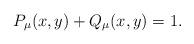
LaTeX: \begin{align*}P_{\mu}(x,y)+Q_{\mu} (x,y)=1.\end{align*}